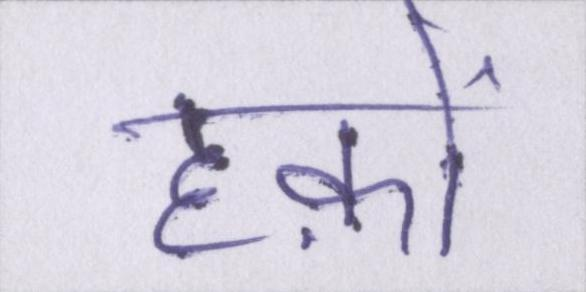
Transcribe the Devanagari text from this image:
हक़ों